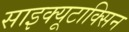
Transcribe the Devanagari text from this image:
साइक्यूटाक्सिन